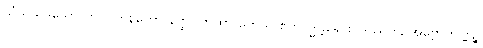
သံဃသဒိသော ဟိ ပါဟုနကော နတ္ထိ။ တထာ ဟေသ ဧကဗုဒ္ဓန္တရေ စ ဒိဿတိ, အဗ္ဗောကိဏ္ဏဉ္စ